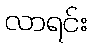
လာရင်း